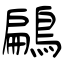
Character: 鶣